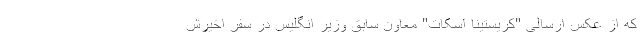
که از عکس ارسالی "کریستینا اسکات" معاون سابق وزیر انگلیس در سفر اخیرش